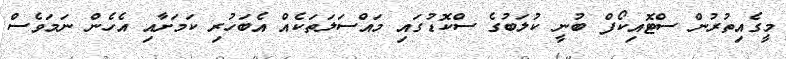
މީގެއިތުރުން ސްޓޮއިކޯފް ބުނީ ކުލަބުގެ ސްކޮޑުގައި މައްސަލަތަކެއް އެބަހުރި ކަމަށާއި އެހެން ނަމަވެސް